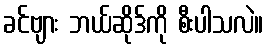
ခင်ဗျား ဘယ်ဆိုဒ်ကို စီးပါသလဲ။